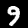
Label: 9